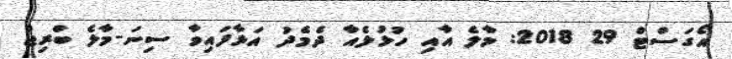
އޯގަސްޓް 29 2018: މާލެ އާއި ހުޅުލެއާ ދެމެދު އަޅާފައިވާ ސިނަ-މާލެ ބްރިޖް